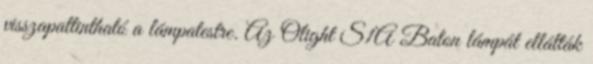
visszapattintható a lámpatestre. Az Olight S1A Baton lámpát ellátták